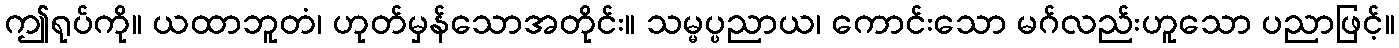
ဤရုပ်ကို။ ယထာဘူတံ၊ ဟုတ်မှန်သောအတိုင်း။ သမ္မပ္ပညာယ၊ ကောင်းသော မဂ်လည်းဟူသော ပညာဖြင့်။